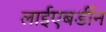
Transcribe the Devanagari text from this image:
लाईएबर्डीन